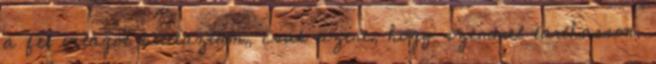
a fél világot beutaztam, csak azért, hogy szemmel tarthasson.